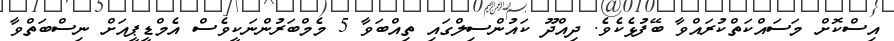
އިސްކޮށް މަސައްކަތްކުރައްވާ ބޭފުޅެކެވެ. ދިއްދޫ ކައުންސިލްގައި ތިއްބަވާ 5 މެމްބަރުންނަކީވެސް އެމްޑީޕީއަށް ނިސްބަތްވާ